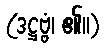
(ဒဋ္ဌဗ္ဗံ၊ ၏။)